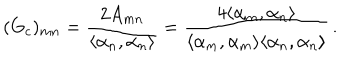
( G _ { c } ) _ { m n } = { \frac { 2 A _ { m n } } { \langle \alpha _ { n } , \alpha _ { n } \rangle } } = \frac { 4 \langle \alpha _ { m } , \alpha _ { n } \rangle } { \langle \alpha _ { m } , \alpha _ { m } \rangle \langle \alpha _ { n } , \alpha _ { n } \rangle } \, .